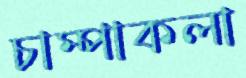
চাম্পাকলা